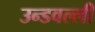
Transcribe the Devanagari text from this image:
उन्डवल्ली